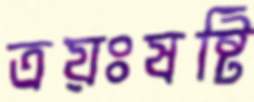
ত্রয়ঃষষ্টি